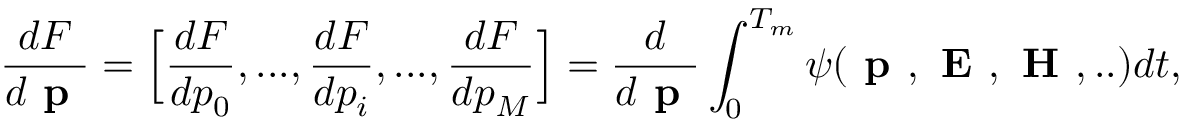
\frac { d F } { d \textbf { p } } = \Big [ \frac { d F } { d p _ { 0 } } , . . . , \frac { d F } { d p _ { i } } , . . . , \frac { d F } { d p _ { M } } \Big ] = \frac { d } { d \textbf { p } } \int _ { 0 } ^ { T _ { m } } \psi ( \textbf { p } , \textbf { E } , \textbf { H } , . . ) d t ,